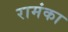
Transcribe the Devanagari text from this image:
रामंका